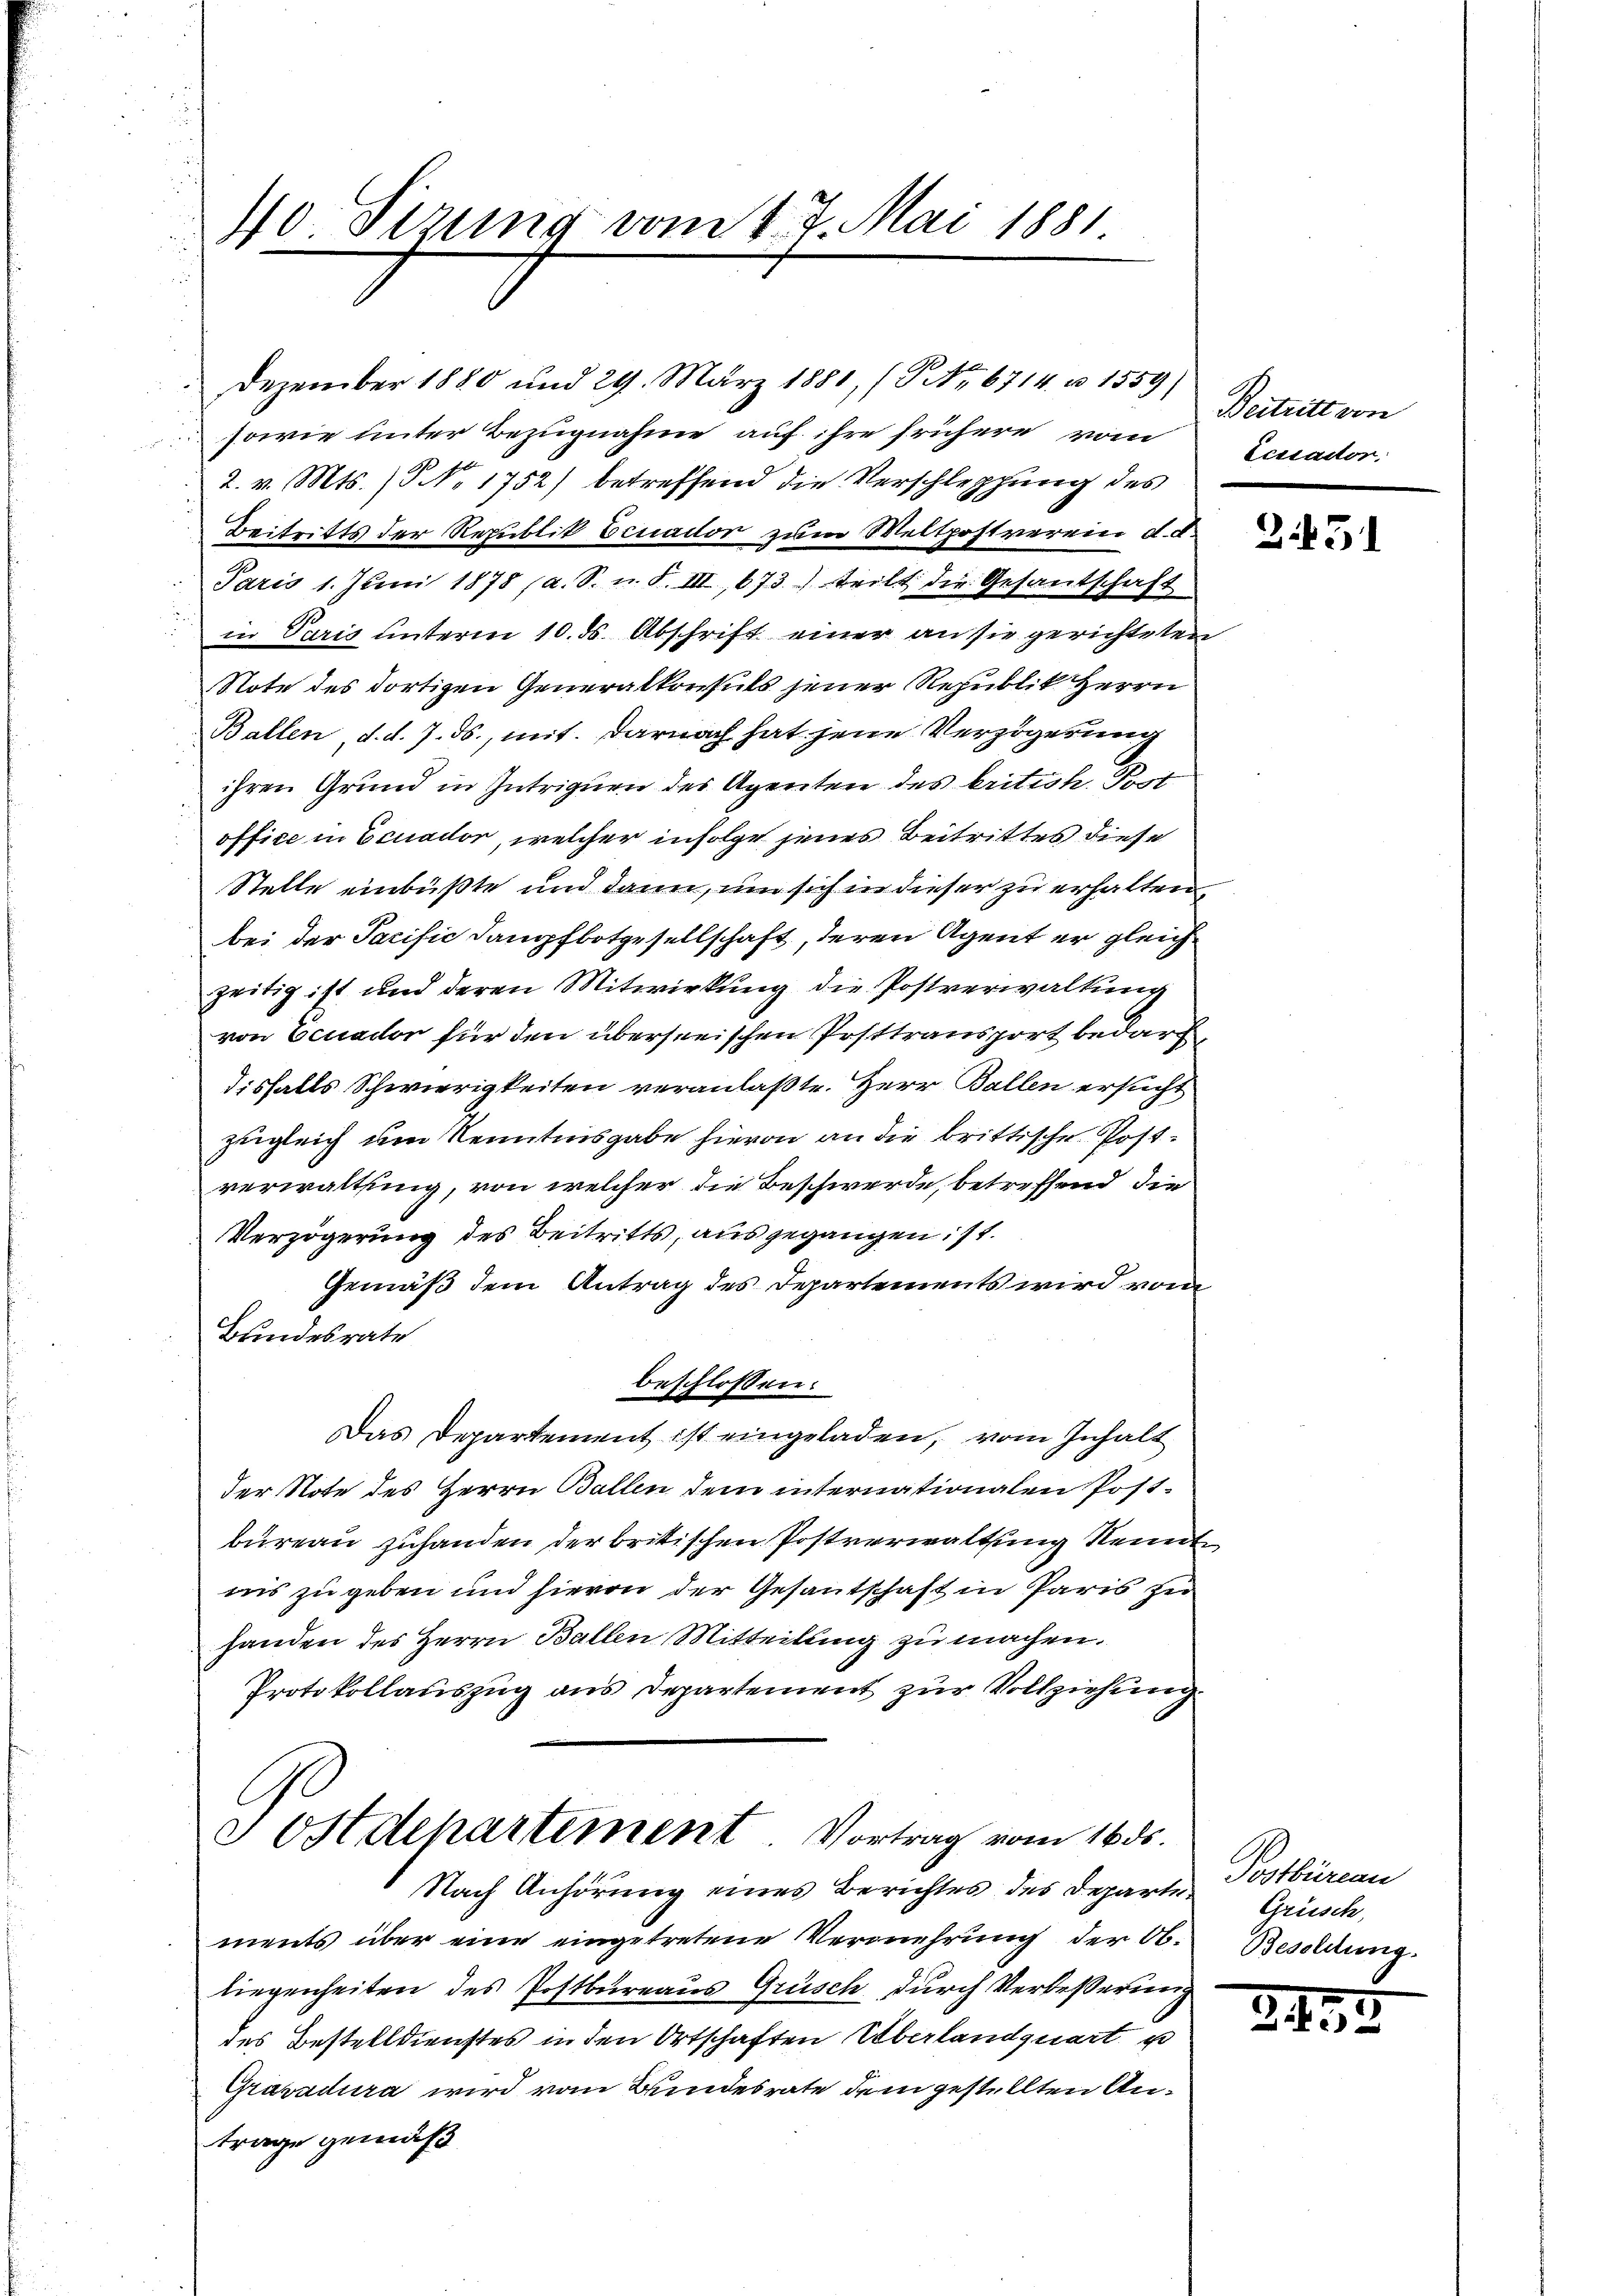
40 Sizung vom 17. Mai 1881
e

Dezember 1880 und 29. März 1881, (G No 6714. u. 1559)
sowie unter Bezugnahme auf ihre frühere vom
2. v. Mts. No. 1752) betreffend die Verschleppung des
Beitritts der Republik Einador zum Weltpostverein d. d.
Paris 1. Juni 1878 (a. S. u. S. III, 673. teilt die Gesantschaft
in Paris unterm 10. ds. Abschrift einer an sie gerichteten
Note des dortigen Generalkonsuls jener Republik Herrn
Ballen d. d. 7. ds., mit. Darnach hat jene Verzögerung
ihren Grund in Intriguen des Agenten des kritich. Post
office in Ecuador, welcher infolge jenes Beitrittes diese
Stelle einbüßte und dann, um sich in dieser zu erhalten,
bei der Sacific Dampfbotgesellschaft, deren Agent er gleich
zeitig ist und deren Mitwirkung die Postverwaltung
von Ecuador für den überseeischen Posttransport bedarf,
disfalls Schwierigkeiten veranlaßte. Herr Ballen ersucht
zugleich um Kenntnisgabe hievon an die brittische Postverwaltung, von welcher die Beschwerde, betreffend die
Verzögerung des Beitritts, ausgegangen: 11.
Gemäß dem Antrag des Departements wird vom
Bundesrate
beschlossen:
Das Departement ist eingeladen, vom Inhalt
der Note des Herrn Ballen dem internationalen Postbureau zuhanden der britischen Postverwaltung Kennt
nis zu geben und hievon der Gesantschaft in Paris zu
handen des Herrn Ballen Mitteilung zu machen.
Protokollauszug aus Departement zur Vollziehung.
J ostdepartement Vortrag vom 16 ds.
Nach Anhörung eines Berichtes des Departe Postbüreau
ments über eine eingetretene Vermehrung der Obliegenheiten des Postbureaus Grüsch durch Verbeßerung
des Bestelldienstes in den Ortschaften Überlandquart u
Gravadura wird vom Bundesrate dem gestellten Antrage gemäß

Beitritt von
Lecsactor.

2451

Grüsch,
Besoldung.

2435